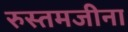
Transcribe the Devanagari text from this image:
रुस्तमजीना